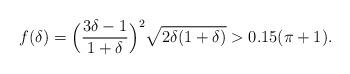
LaTeX: \begin{align*} f(\delta)=\Big(\frac{3\delta-1}{1+\delta}\Big)^2\sqrt{2\delta(1+\delta)}>0.15(\pi+1). \end{align*}